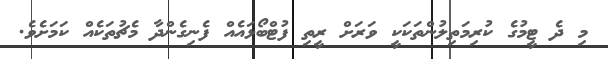
މި ދެ ޓީމުގެ ކުރިމަތިލުންތަކަކީ ވަަރަށް ރީތި ފުޓްބޯޅައެއް ފެނިގެންދާ މެޗުތަކެއް ކަަމަށެވެ.